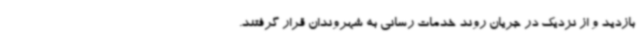
بازدید و از نزدیک در جریان روند خدمات رسانی به شهروندان قرار گرفتند.